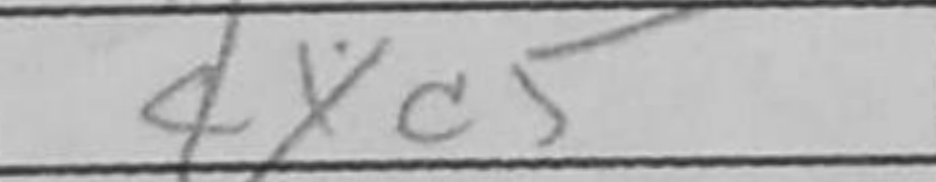
Transcription: dxc5